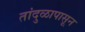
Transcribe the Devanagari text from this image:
तांदुळापासून